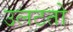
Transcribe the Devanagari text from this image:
उलटतो